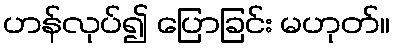
ဟန်လုပ်၍ ပြောခြင်း မဟုတ်။